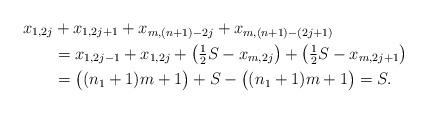
LaTeX: \begin{align*}x_{1,2j} &+ x_{1,2j+1} + x_{m,(n+1)-2j} + x_{m,(n+1)-(2j+1)} \\&= x_{1,2j-1} + x_{1,2j} + \bigl( \tfrac{1}{2} S - x_{m,2j} \bigr) + \bigl( \tfrac{1}{2} S - x_{m,2j+1} \bigr) \\&= \bigl( (n_1 +1) m +1 \bigr) + S - \bigl( (n_1 +1) m +1 \bigr) =S.\end{align*}